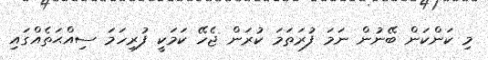
މި ކަންކަން ބޭނުން ނަމަ ފުރަތަމަ ކުރަން ޖެހޭ ކަމަކީ ފުރިހަމަ ސިއްޙަތެއްގައި